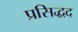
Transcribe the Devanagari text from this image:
प्रसिद्धद